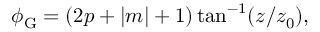
\begin{array} { r } { \phi _ { \mathrm { G } } = ( 2 p + | m | + 1 ) \tan ^ { - 1 } ( z / z _ { 0 } ) , } \end{array}